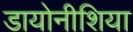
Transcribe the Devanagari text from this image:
डायोनीशिया